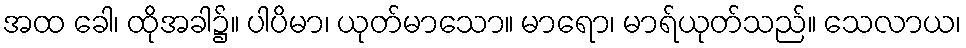
အထ ခေါ၊ ထိုအခါ၌။ ပါပိမာ၊ ယုတ်မာသော။ မာရော၊ မာရ်ယုတ်သည်။ သေလာယ၊